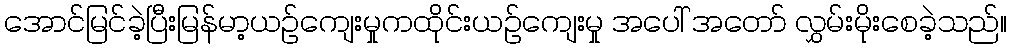
အောင်မြင်ခဲ့ပြီးမြန်မာ့ယဉ်ကျေးမှုကထိုင်းယဉ်ကျေးမှု အပေါ် အတော် လွှမ်းမိုးစေခဲ့သည်။